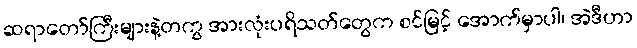
ဆရာတော်ကြီးများနဲ့တကွ အားလုံးပရိသတ်တွေက စင်မြင့် အောက်မှာပါ၊ အဲဒီဟာ